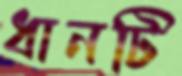
ধানটি